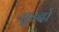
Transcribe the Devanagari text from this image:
सुन्दो